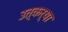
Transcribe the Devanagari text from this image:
उत्कर्षा